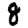
Digit: 8